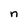
Character: n